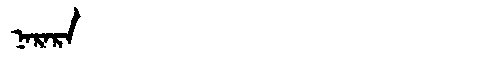
Manchu: ᠨᠠᡵᠠᡵᠠ
Romanization: NARARA